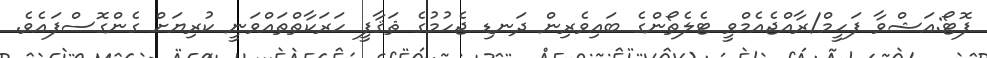
ފޮޓޯ:އަޝްވާ ފަހީމް/ރާއްޖެއެމްވީ ޓެލެތޯންގެ ބައިވެރިން ދަނޑި ޖެހުމުގެ ޘަޤާފީ ހަރަކާތްތައްވަނީ ކުރިޔަށް ގެންގޮސްފައެވެ.